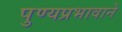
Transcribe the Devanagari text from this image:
पुण्यप्रभावाने